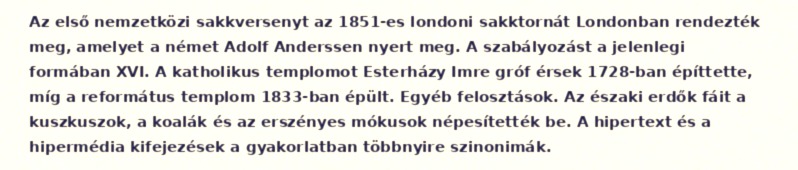
Az első nemzetközi sakkversenyt az 1851-es londoni sakktornát Londonban rendezték meg, amelyet a német Adolf Anderssen nyert meg. A szabályozást a jelenlegi formában XVI. A katholikus templomot Esterházy Imre gróf érsek 1728-ban építtette, míg a református templom 1833-ban épült. Egyéb felosztások. Az északi erdők fáit a kuszkuszok, a koalák és az erszényes mókusok népesítették be. A hipertext és a hipermédia kifejezések a gyakorlatban többnyire szinonimák.